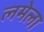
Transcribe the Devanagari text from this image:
लमेला